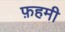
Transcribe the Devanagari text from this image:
फ़हमी